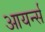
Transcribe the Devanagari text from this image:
आयर्न्स